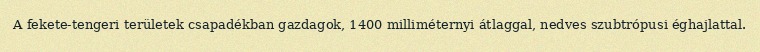
A fekete-tengeri területek csapadékban gazdagok, 1400 milliméternyi átlaggal, nedves szubtrópusi éghajlattal.